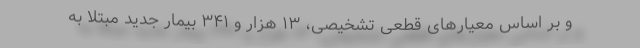
و بر اساس معیارهای قطعی تشخیصی، ۱۳ هزار و ۳۴۱ بیمار جدید مبتلا به